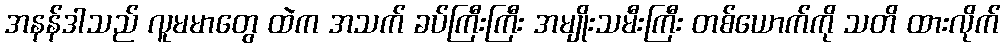
အနန်ဒါသည် လူမမာတွေ ထဲက အသက် ခပ်ကြီးကြီး အမျိုးသမီးကြီး တစ်ယောက်ကို သတိ ထားလိုက်